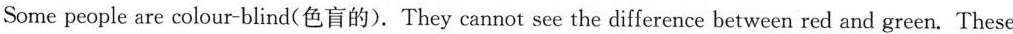
Some people are colour-blind(色盲的).They cannot see the difference between red and green.These